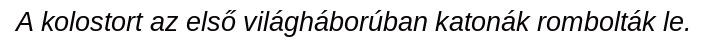
A kolostort az első világháborúban katonák rombolták le.